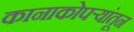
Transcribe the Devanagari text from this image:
कानाकोपर्‍यांतून